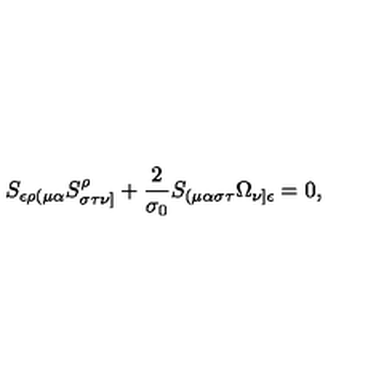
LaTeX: S _ { \epsilon \rho ( \mu \alpha } S _ { \sigma \tau \nu ] } ^ { \rho } + \frac { 2 } { \sigma _ { 0 } } S _ { ( \mu \alpha \sigma \tau } \Omega _ { \nu ] \epsilon } = 0 ,